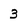
Character: 3